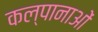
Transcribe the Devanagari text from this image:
कल्पानाओं